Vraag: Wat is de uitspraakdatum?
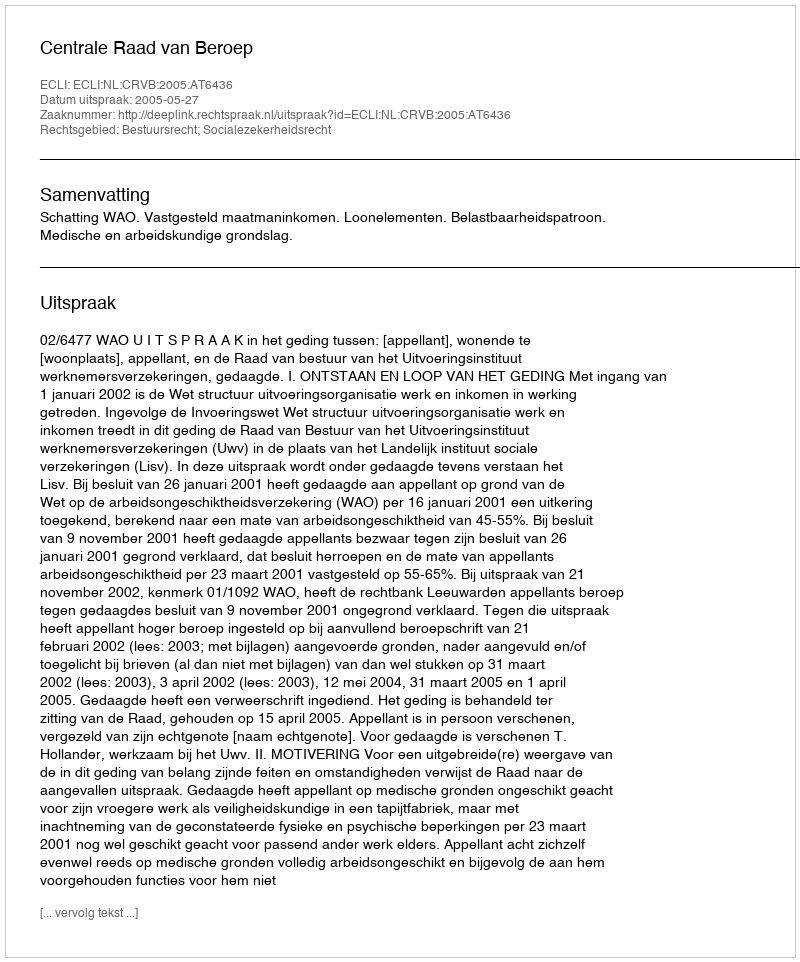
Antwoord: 2005-05-27